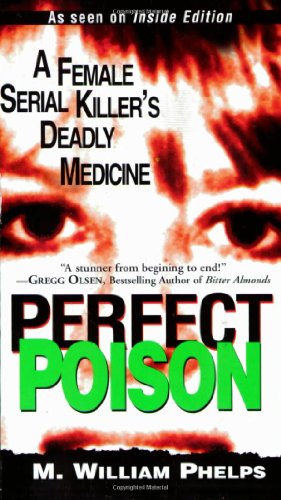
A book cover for Perfect Poison: A Female Serial Killer's Deadly Medicine; M. William Phelps; Biographies & Memoirs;